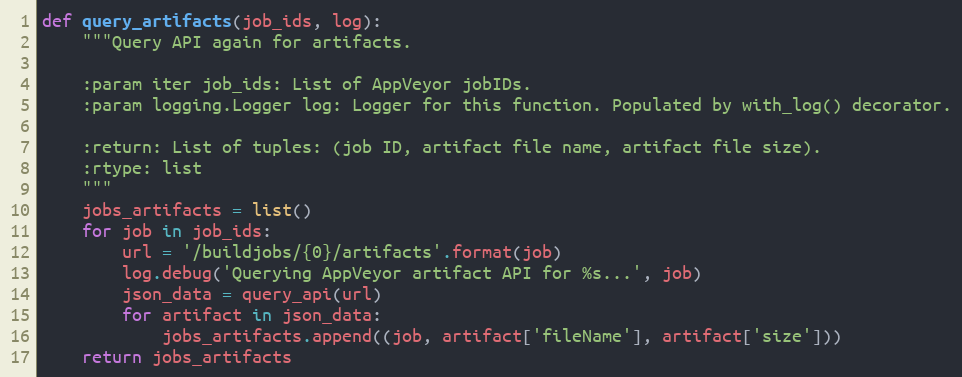
Language: Python
def query_artifacts(job_ids, log):
    """Query API again for artifacts.

    :param iter job_ids: List of AppVeyor jobIDs.
    :param logging.Logger log: Logger for this function. Populated by with_log() decorator.

    :return: List of tuples: (job ID, artifact file name, artifact file size).
    :rtype: list
    """
    jobs_artifacts = list()
    for job in job_ids:
        url = '/buildjobs/{0}/artifacts'.format(job)
        log.debug('Querying AppVeyor artifact API for %s...', job)
        json_data = query_api(url)
        for artifact in json_data:
            jobs_artifacts.append((job, artifact['fileName'], artifact['size']))
    return jobs_artifacts